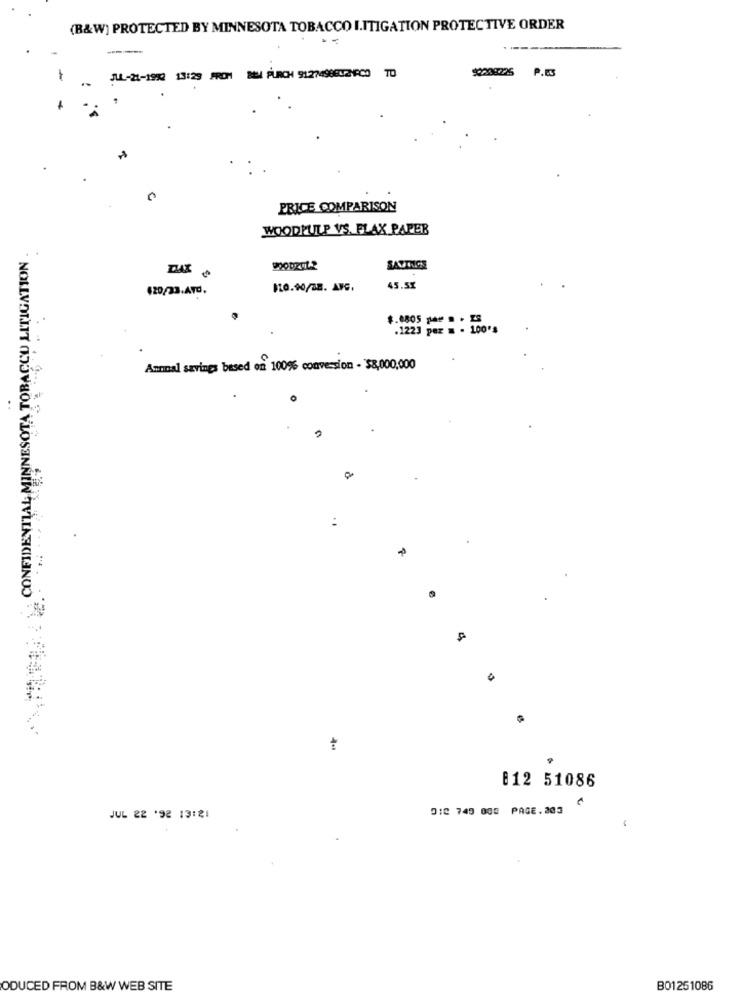
(B&W) PROTECTED BY MINNESOTA TOBACCO I.ITIGATION PROTECTIVE ORDER
A
JUL-21-1992 13:29 FROM BEM PURCH 9127498EU2NAC0 TD
PRICE COMPARISON
WOODPULP VS. FLAX PAPER
MINNESOTA TOBACCO LITIGATION .
DAX
2200201-2
SAVINGS
420/23.ATO,
$10.90/38. AVC.
45.5%
$.0805 === = + 25
.122] per = - 100's
Annual savings besed on 100% conversion - $8,000,000
812 51086
012 745 005 PAGE.203
JUL 22 '92 13:21
ODUCED FROM B&W WEB SITE
B01251086